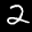
Label: 2